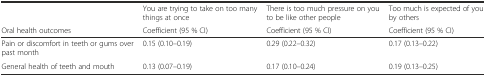
|  | You are trying to take on too many things at once | There is too much pressure on you to be like other people | Too much is expected of you by others |
 | Oral health outcomes | Coefficient (95 % CI) | Coefficient (95 % CI) | Coefficient (95 % CI) |
 | --- | --- | --- | --- |
 | Pain or discomfort in teeth or gums over past month | 0.15 (0.10–0.19) | 0.29 (0.22–0.32) | 0.17 (0.13–0.22) |
 | General health of teeth and mouth | 0.13 (0.07–0.19) | 0.17 (0.10–0.24) | 0.19 (0.13–0.25) |